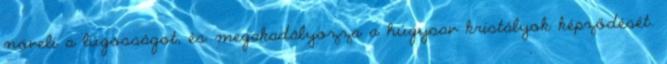
növeli a lúgosságot, és megakadályozza a húgysav kristályok képződését.